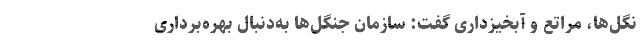
نگل‌ها، مراتع و آبخیزداری گفت: سازمان جنگل‌ها به‌دنبال بهره‌برداری